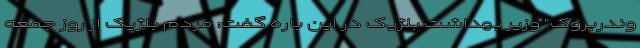
وندربروک" وزیر بهداشت بلژیک در این باره گفت: مردم بلژیک از روز جمعه